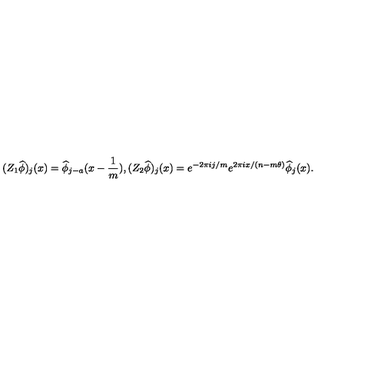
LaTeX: ( Z _ { 1 } \widehat { \phi } ) _ { j } ( x ) = \widehat { \phi } _ { j - a } ( x - \frac { 1 } { m } ) , ( Z _ { 2 } \widehat { \phi } ) _ { j } ( x ) = e ^ { - 2 \pi i j / m } e ^ { 2 \pi i x / ( n - m \theta ) } \widehat { \phi } _ { j } ( x ) .